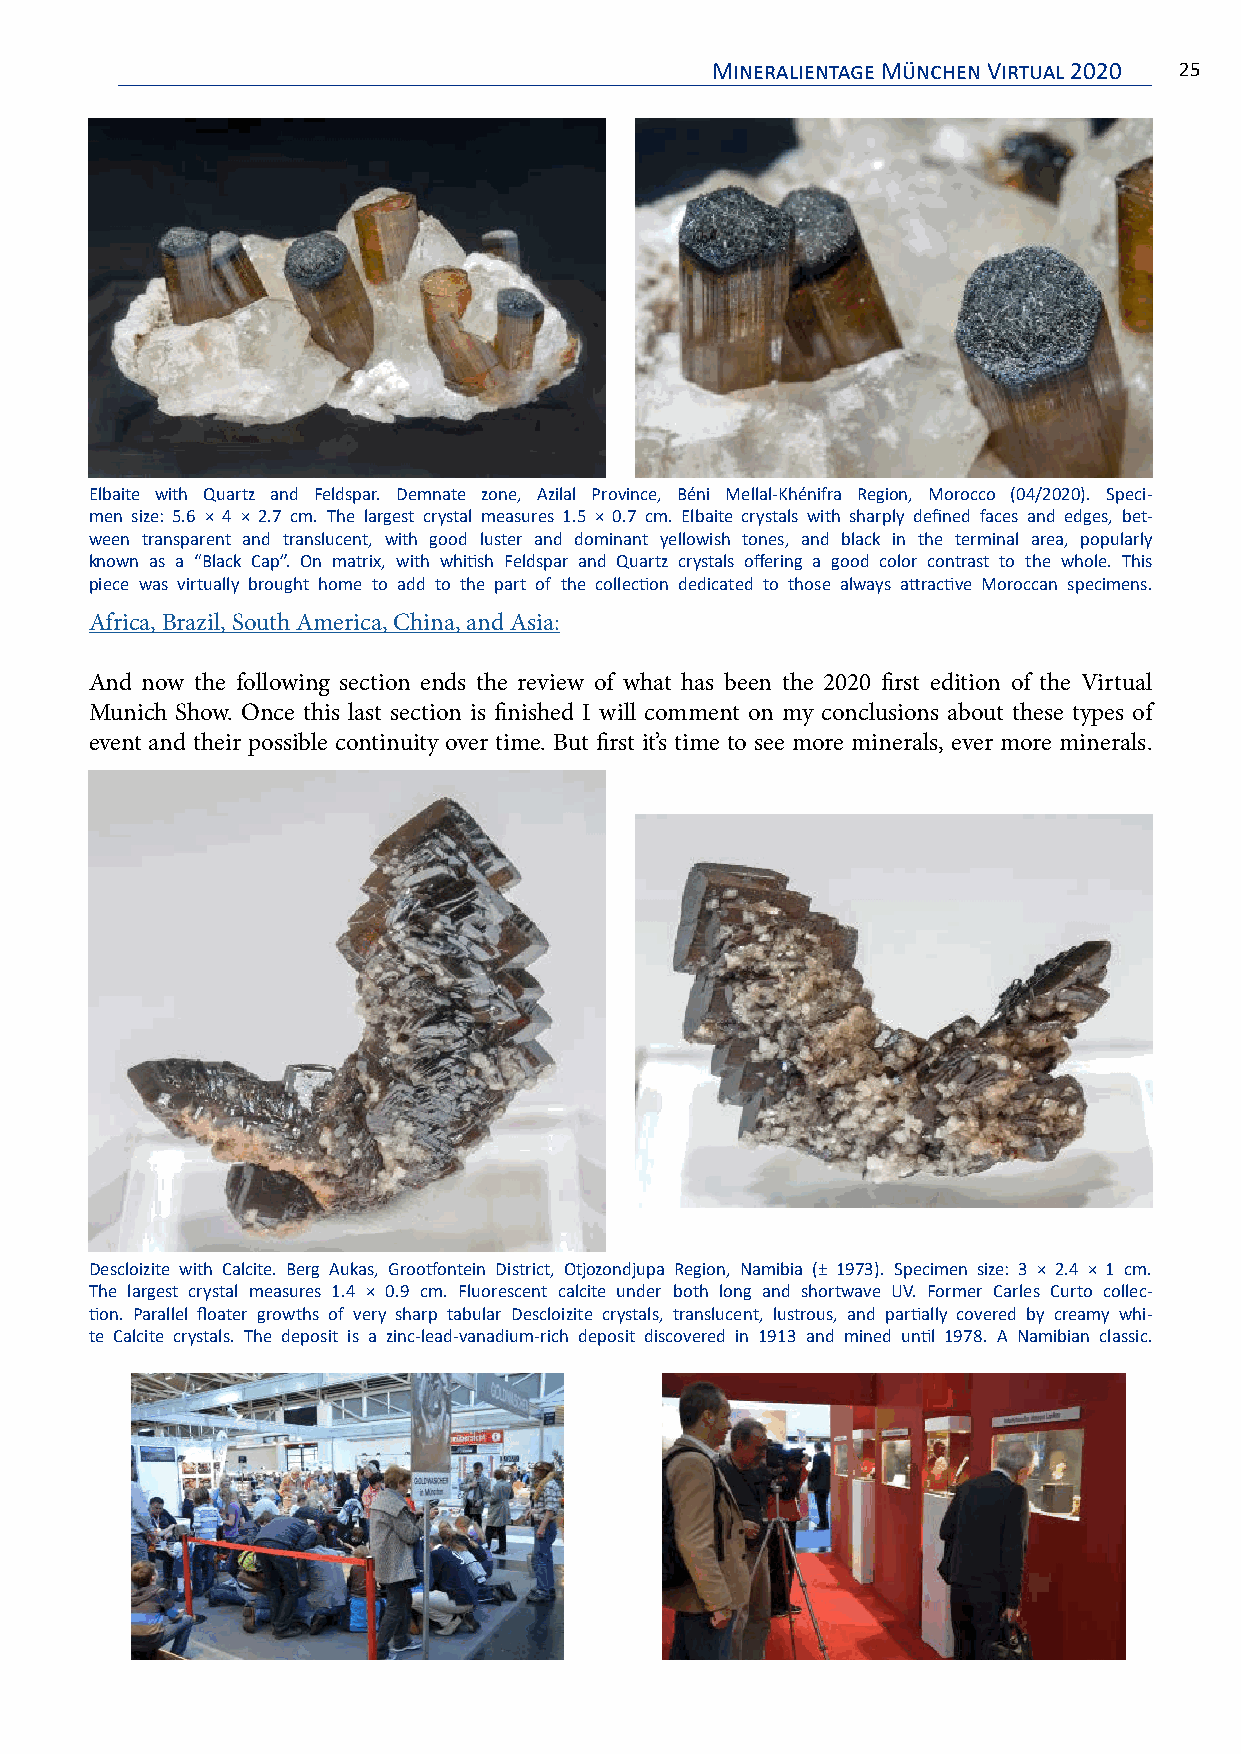
Mineralientage München Virtual 2020 25
 Elbaite with Quartz and Feldspar. Demnate zone, Azilal Province, Béni Mellal-Khénifra Region, Morocco (04/2020). Speci-
 men size: 5.6 × 4 × 2.7 cm. The largest crystal measures 1.5 × 0.7 cm. Elbaite crystals with sharply defined faces and edges, bet-
 ween transparent and translucent, with good luster and dominant yellowish tones, and black in the terminal area, popularly
 known as a “Black Cap”. On matrix, with whitish Feldspar and Quartz crystals offering a good color contrast to the whole. This
 piece was virtually brought home to add to the part of the collection dedicated to those always attractive Moroccan specimens.
 Africa, Brazil, South America, China, and Asia:
 And now the following section ends the review of what has been the 2020 first edition of the Virtual
 Munich Show. Once this last section is finished I will comment on my conclusions about these types of
 event and their possible continuity over time. But first it’s time to see more minerals, ever more minerals.
 Descloizite with Calcite. Berg Aukas, Grootfontein District, Otjozondjupa Region, Namibia (± 1973). Specimen size: 3 × 2.4 × 1 cm.
 The largest crystal measures 1.4 × 0.9 cm. Fluorescent calcite under both long and shortwave UV. Former Carles Curto collec-
 tion. Parallel floater growths of very sharp tabular Descloizite crystals, translucent, lustrous, and partially covered by creamy whi-
 te Calcite crystals. The deposit is a zinc-lead-vanadium-rich deposit discovered in 1913 and mined until 1978. A Namibian classic.